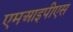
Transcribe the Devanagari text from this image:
एमआइपीएस